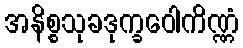
အနိစ္စသုခဒုက္ခဝေါကိဏ္ဏံ